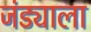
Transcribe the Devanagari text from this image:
जंड्याला